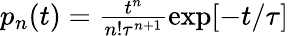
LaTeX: \begin{array}{r}{p_{n}(t)=\frac{t^{n}}{n!\tau^{n+1}}\exp[-t/\tau]}\end{array}